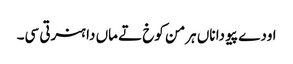
اودے پیو دا ناں ہرمن کوخ تے ماں دا ہنرتی سی۔